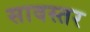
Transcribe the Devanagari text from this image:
सावस्तर